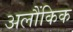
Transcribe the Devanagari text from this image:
अलौंकिक